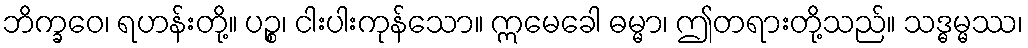
ဘိက္ခဝေ၊ ရဟန်းတို့။ ပဉ္စ၊ ငါးပါးကုန်သော။ ဣမေခေါ ဓမ္မာ၊ ဤတရားတို့သည်။ သဒ္ဓမ္မဿ၊